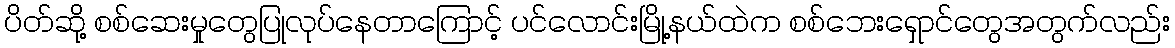
ပိတ်ဆို့ စစ်ဆေးမှုတွေပြုလုပ်နေတာကြောင့် ပင်လောင်းမြို့နယ်ထဲက စစ်ဘေးရှောင်တွေအတွက်လည်း